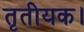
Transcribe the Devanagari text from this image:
तृतीयक।